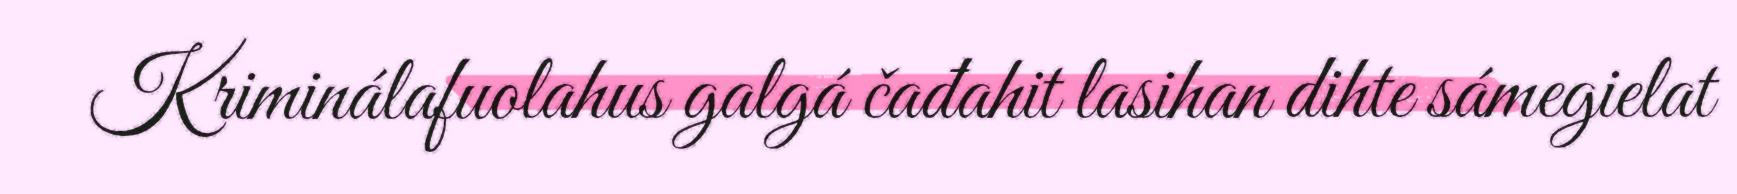
Kriminálafuolahus galgá čađahit lasihan dihte sámegielat